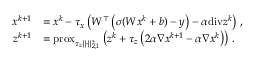
\begin{array} { r l } { x ^ { k + 1 } } & { = x ^ { k } - \tau _ { x } \left( W ^ { \top } \left( \sigma ( W x ^ { k } + b ) - y \right) - \alpha \mathrm { d i v } z ^ { k } \right) \, , } \\ { z ^ { k + 1 } } & { = \mathrm { p r o x } _ { \tau _ { z } \| \cdot \| _ { 2 , 1 } ^ { \ast } } \left( z ^ { k } + \tau _ { z } \left( 2 \alpha \nabla x ^ { k + 1 } - \alpha \nabla x ^ { k } \right) \right) \, . } \end{array}